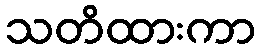
သတိထားကာ